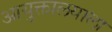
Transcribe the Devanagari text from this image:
आयुक्तालयाला